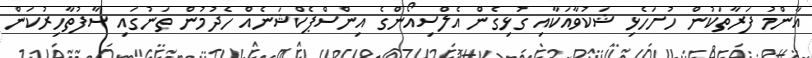
އާންމު ފަރާތަކުން ހުށަހެޅި ޝަކުވާއަކާއި ގުޅިގެން އެލްސިއޯންގެ އިންސްޕެކްޝަނެއް ހެދުމުން ތަނުގައި ސާފުތާހިރުކަން